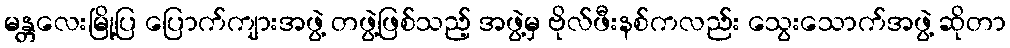
မန္တလေးမြို့ပြ ပြောက်ကျားအဖွဲ့ တဖွဲ့ဖြစ်သည့် အဖွဲ့မှ ဗိုလ်ဖီးနစ်ကလည်း သွေးသောက်အဖွဲ့ ဆိုတာ